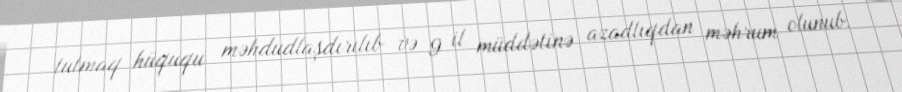
tutmaq hüququ məhdudlaşdırılıb və 9 il müddətinə azadlıqdan məhrum olunub.